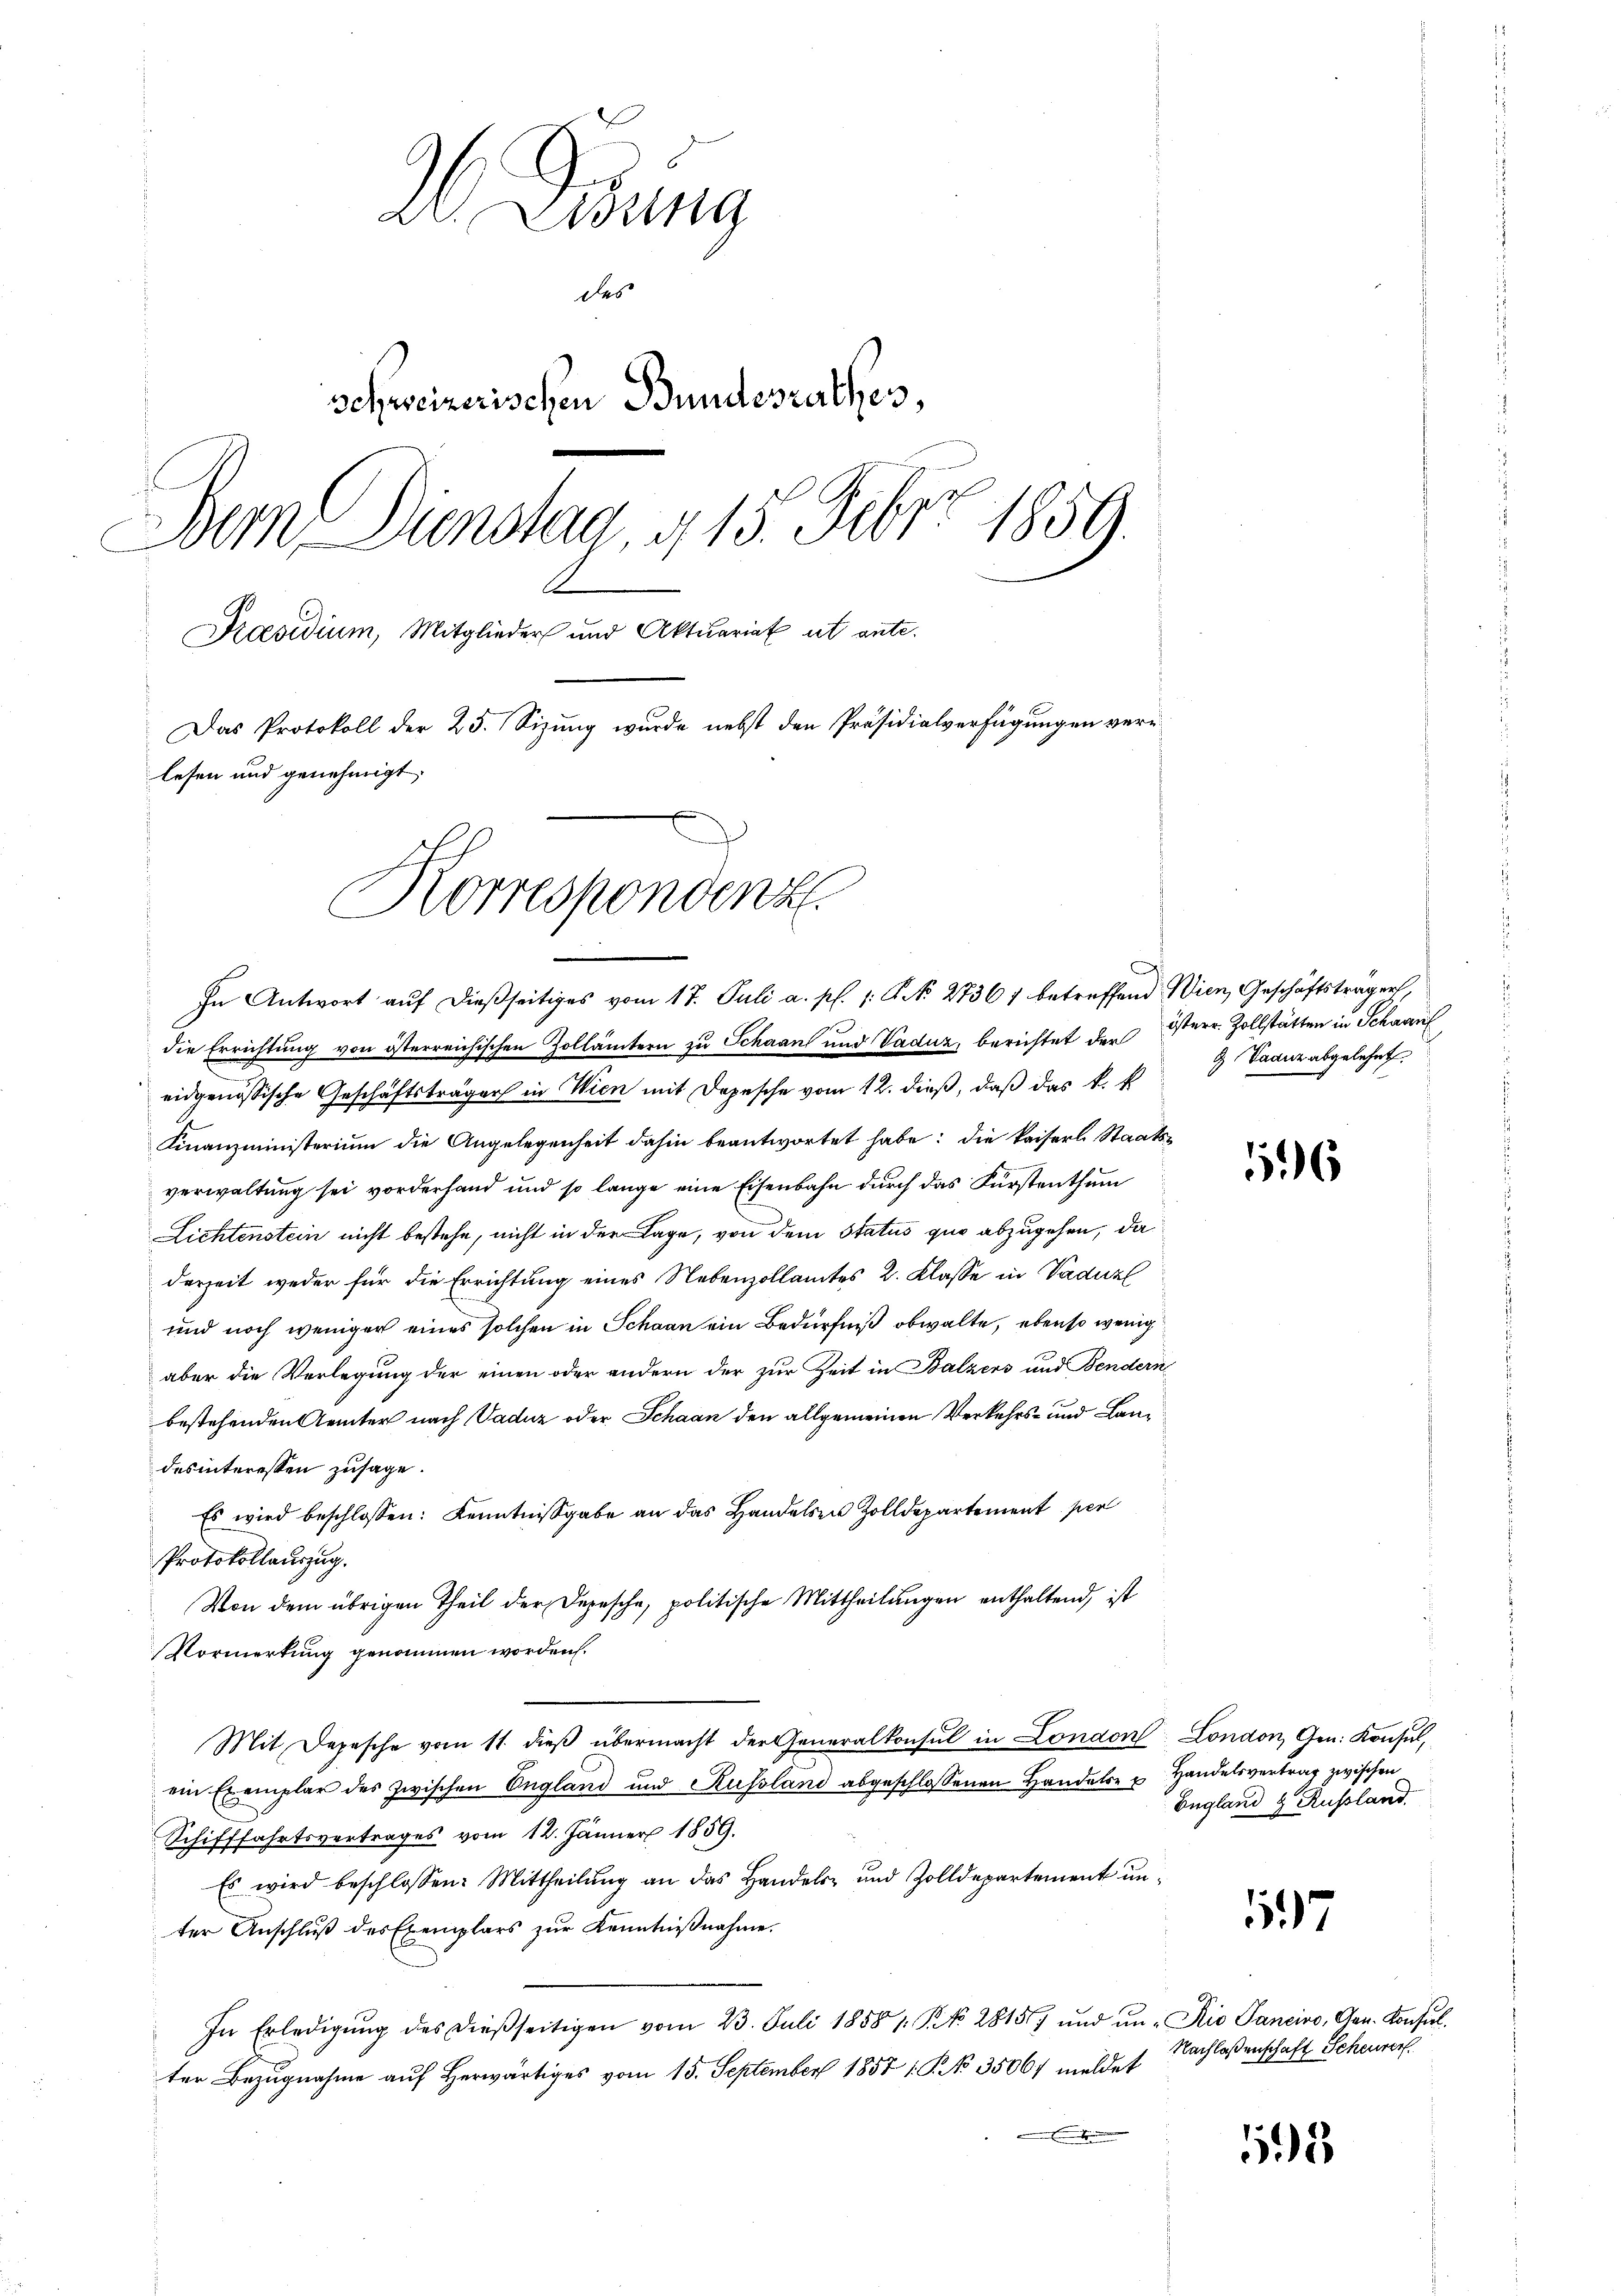
2 Dring
des
Schweizerischen Bundesrathes,
Dem Dienstad, 415. Febr. 1859
.
Präsidium, Mitglieder und Aktuariat ist ante.
Das Protokoll der 25. Sizung wurde nebst den Präsidialverfügungen verlesen und genehmigt,

Korrespondenz.

In Antwort auf dießseitiges vom 17. Juli a. p. 1. No 27361 betreffend Wien, Geschäftsträger,
die Errichtung von österreichischen Zollämtern zu Schaan und Vaduz, berichtet der Osterr. Zollstätten in Schaaul
eidgenössische Geschäftsträger in Wien mit Depesche vom 12. dieß, daß das k. k
Finanzministerium die Angelegenheit dahin beantwortet habe: die kaiserl. Staats-
verwaltung sei vorderhand und so lange eine Eisenbahn durch das Fürstenthum
Lichtenstein nicht bestehe, nicht in der Lage, von dem Status quo abzugehen, da
derzeit weder für die Errichtung eines Nebenzollamtes 2. Klasse in Vadun
und noch weniger eines solchen in Schaan ein Bedürfniß obwalte, ebenso wenig
aber die Verlegung der einen oder andern der zur Zeit in Balzers und Bendern
bestehenden Aemter nach Vaduz oder Schaan den allgemeinen Verkehrs- und Landes interessen zusage.
Es wird beschlossen: Kenntnißgabe an das Handelsen Zolldepartement per
Protokollauszug.
Von dem übrigen Theil der Depesche, politische Mittheilungen enthaltend, ist
Vormerkung genommen worden.
Mit Depesche vom 11. dieß übermacht der Generalkonsul in London London, Gen. Konsul,
ein Exemplar des zwischen England und Russland abgeschlossenen Handelte u Handelsvertrag zwischen
Schifffahrtsvertrages vom 12. Jänner 1859.
Es wird beschlossen: Mittheilŭng an das Handels- und Zolldepartement unter Anschluß des Exemplars zŭr Kenntniβnahme.
In Erledigŭng des dießseitigen vom 23. Juli 1858 1: P. No. 28157 ŭnd ŭn-Kio Sancivo, Gen. Konsŭl.
ter Bezugnahme auf Herwärtiges vom 15. September 1857 1. P. No. 35067 meldet

Vaduz abgelehnt.

6

England & Russland.

117

15

Nachlaßenschaft Scheurer